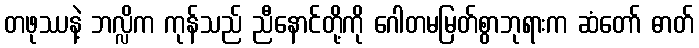
တဖုဿနဲ့ ဘလ္လိက ကုန်သည် ညီနောင်တို့ကို ဂေါတမမြတ်စွာဘုရားက ဆံတော် ဓာတ်